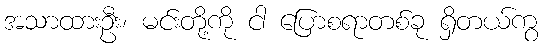
အသာထားဦး၊ မင်းတို့ကို ငါ ပြောစရာတစ်ခု ရှိတယ်ကွ